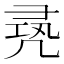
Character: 𠙛